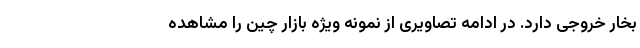
بخار خروجی دارد. در ادامه تصاویری از نمونه ویژه بازار چین را مشاهده